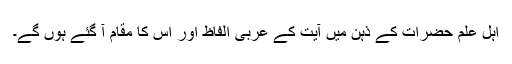
اہل علم حضرات کے ذہن میں آیت کے عربی الفاظ اور اس کا مقام آ گئے ہوں گے۔